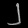
Digit: ၂